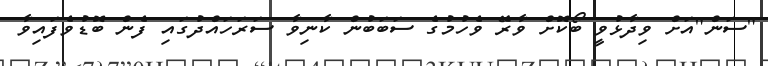
"ސަން"އަށް ވިދާޅުވީ ބޯކޮށް ވާރޭ ވެހުމުގެ ސަބަބުން ކާނިވާ ސަރަހައްދުގައި ފެން ބޮޑުވެފައިވާ